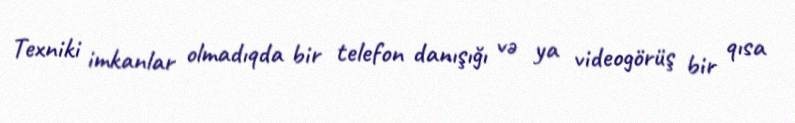
Texniki imkanlar olmadıqda bir telefon danışığı və ya videogörüş bir qısa